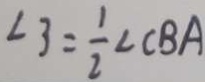
\angle 3 = \frac { 1 } { 2 } \angle C B A